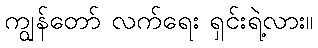
ကျွန်တော် လက်ရေး ရှင်းရဲ့လား။